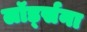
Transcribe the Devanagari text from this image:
लॉर्ड्सना